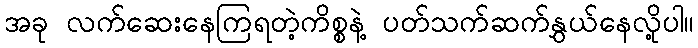
အခု လက်ဆေးနေကြရတဲ့ကိစ္စနဲ့ ပတ်သက်ဆက်နွှယ်နေလို့ပါ။